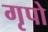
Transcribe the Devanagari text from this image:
गृपो